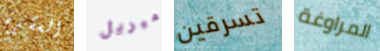
العشرة ميريل تسرقين المراوغة